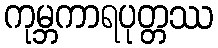
ကုမ္ဘကာရပုတ္တဿ